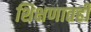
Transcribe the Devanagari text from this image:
शिक्षणातही